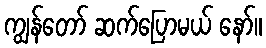
ကျွန်တော် ဆက်ပြောမယ် နော်။